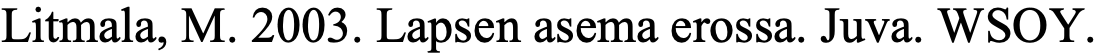
Litmala, M. 2003. Lapsen asema erossa. Juva. WSOY.